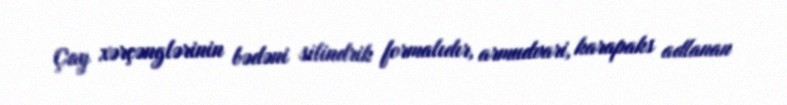
Çay xərçənglərinin bədəni silindrik formalıdır, armudvari, karapaks adlanan